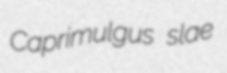
Caprimulgus slae